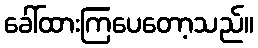
ခေါ်ထားကြပေတော့သည်။